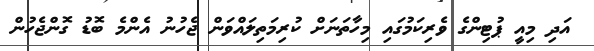
އަދި މިއީ ޕުޓިންގެ ވެރިކަމުގައި މިހާތަނަށް ކުރިމަތިލައްވަން ޖެހުނު އެންމެ ބޮޑު ގޮންޖެހުން